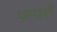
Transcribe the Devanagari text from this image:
पम्परों